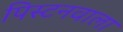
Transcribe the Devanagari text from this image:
पिस्टनवाला